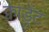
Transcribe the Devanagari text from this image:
क्वाड्रेंट